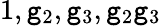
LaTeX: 1,\mathtt{g}_{2},\mathtt{g}_{3},\mathtt{g}_{2}\mathtt{g}_{3}